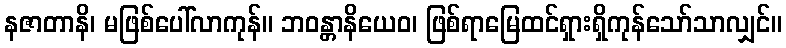
နဇာတာနိ၊ မဖြစ်ပေါ်လာကုန်။ ဘဝန္တာနိယေဝ၊ ဖြစ်ရာမြေထင်ရှားရှိကုန်သော်သာလျှင်။